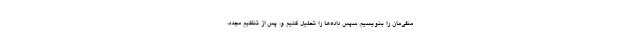
منفی‌مان را بنویسیم، سپس داده‌ها را تحلیل کنیم و، پس از تنظیم مجدد،